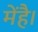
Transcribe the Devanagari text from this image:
मेंहै।